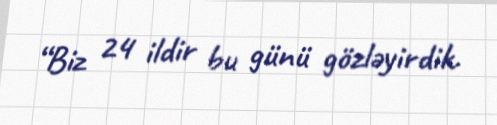
“Biz 24 ildir bu günü gözləyirdik.